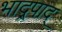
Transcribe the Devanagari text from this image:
भाद्र्पाद्